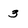
Character: 3